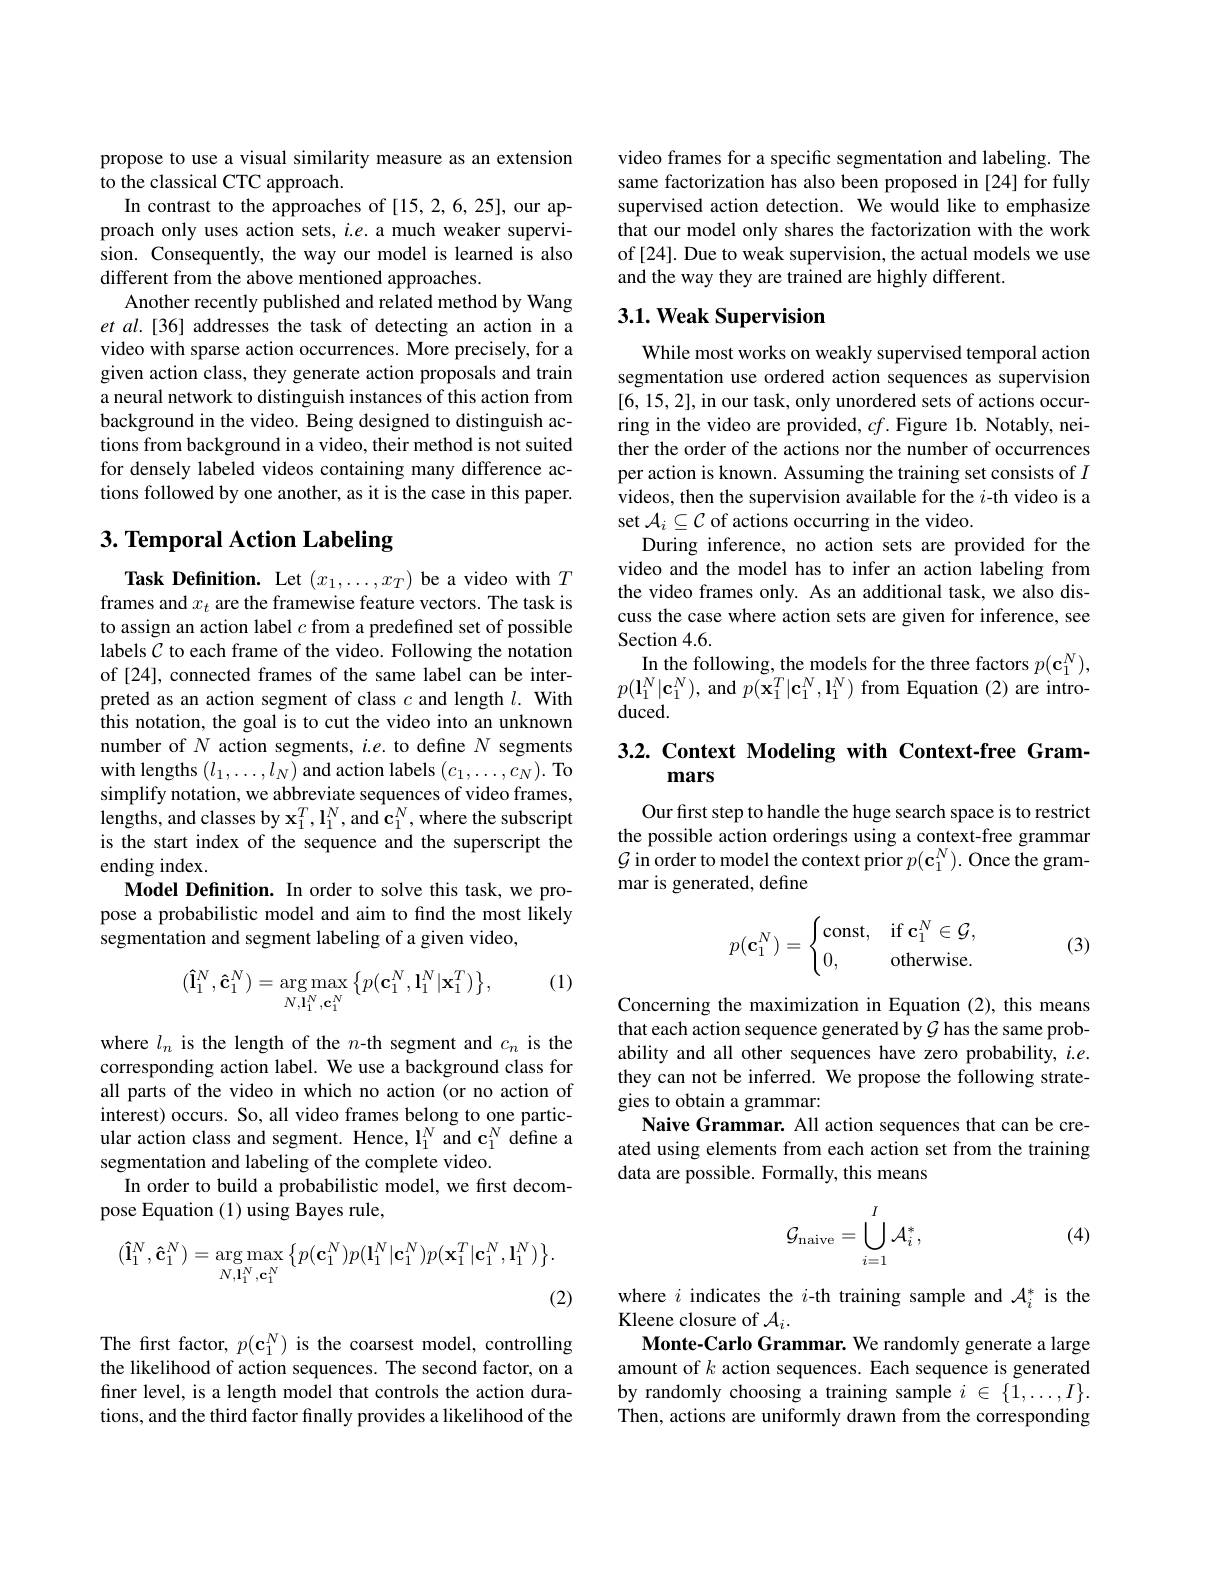
propose to use a visual similarity measure as an extension
to the classical CTC approach.
In contrast to the approaches of [15,2,6,25], our approach only uses action sets, $i.e.$ a much weaker supervision. Consequently, the way our model is learned is also different from the above mentioned approaches.
Another recently published and related method by Wang et al.[36] addresses the task of detecting an action in a video with sparse action occurrences. More precisely, for a given action class, they generate action proposals and train a neural network to distinguish instances of this action from background in the video. Being designed to distinguish actions from background in a video, their method is not suited for densely labeled videos containing many difference actions followed by one another, as it is the case in this paper.

# 3. Temporal Action Labeling

Task Definition. Let $(x_1,\ldots,x_T)$ be a video with $T$ frames and $x_t$ are the framewise feature vectors. The task is to assign an action label $c$ from a predefined set of possible labels $\mathcal{C}$ to each frame of the video. Following the notation of [24], connected frames of the same label can be interpreted as an action segment of class $c$ and length $l.$ With this notation, the goal is to cut the video into an unknown number of $N$ action segments, $i.e.$ to define $N$ segments with lengths $(l_1,\ldots,l_N)$ and action labels $(c_1,\ldots,c_N).$ To simplify notation, we abbreviate sequences of video frames, lengths, and classes by $\mathbf{x}_1^T,\mathbf{l}_1^N$, and $\mathbf{c}_1^N$, where the subscript is the start index of the sequence and the superscript the ending index
Model Definition. In order to solve this task, we propose a probabilistic model and aim to find the most likely segmentation and segment labeling of a given video,

(1)
$$(\mathbf{\hat{l}}_{1}^{N},\mathbf{\hat{c}}_{1}^{N})=\arg\max_{{N,\mathbf{l}_{1}^{N},\mathbf{c}_{1}^{N}}}\big\{p(\mathbf{c}_{1}^{N},\mathbf{l}_{1}^{N}|\mathbf{x}_{1}^{T})\big\},$$
where $l_n$ is the length of the $n$-th segment and $c_n$ is the corresponding action label. We use a background class for all parts of the video in which no action (or no action of interest) occurs. So, all video frames belong to one particular action class and segment. Hence, l$_1^N$ and $\mathbf{c}_1^N$ define a segmentation and labeling of the complete video.
In order to build a probabilistic model, we first decom-
pose Equation (1) using Bayes rule,
$$(\mathbf{\hat{l}}_1^N,\mathbf{\hat{c}}_1^N)=\arg\max_{N,\mathbf{l}_1^N,\mathbf{c}_1^N}\big\{p(\mathbf{c}_1^N)p(\mathbf{l}_1^N|\mathbf{c}_1^N)p(\mathbf{x}_1^T|\mathbf{c}_1^N,\mathbf{l}_1^N)\big\}.$$
(2)

The first factor, $p(\mathbf{c}_1^N)$ is the coarsest model, controlling the likelihood of action sequences. The second factor, on a finer level, is a length model that controls the action durations, and the third factor finally provides a likelihood of the

video frames for a specific segmentation and labeling. The same factorization has also been proposed in [24] for fully supervised action detection. We would like to emphasize that our model only shares the factorization with the work of [24]. Due to weak supervision, the actual models we use and the way they are trained are highly different.

## 3.1. Weak Supervision

While most works on weakly supervised temporal action segmentation use ordered action sequences as supervision [6,15,2], in our task, only unordered sets of actions occurring in the video are provided, $cf.$ Figure lb. Notably, neither the order of the actions nor the number of occurrences per action is known. Assuming the training set consists of $I$ videos, then the supervision available for the $i$-th video is a set $\mathcal{A}_i\subseteq\mathcal{C}$ of actions occurring in the video.
During inference, no action sets are provided for the video and the model has to infer an action labeling from the video frames only. As an additional task, we also discuss the case where action sets are given for inference, see Section 4.6.
In the following, the models for the three factors $p(\mathbf{c}_1^N)$, $p(\mathbf{l}_{1}^{N}|\mathbf{c}_{1}^{N})$, and $p(\tilde{\mathbf{x}}_{1}^{T}|\mathbf{c}_{1}^{N},\mathbf{l}_{1}^{N})$ from Equation (2) are intro- $duced.$

## 3.2. Context Modeling with Context-free Grammars

Our first step to handle the huge search space is to restrict the possible action orderings using a context-free grammar $\mathcal{G}$ in order to model the context prior $p(\mathbf{c}_1^N).$ Once the grammar is generated, define
$$p(\mathbf{c}_1^N)=\begin{cases}\mathrm{const},&\mathrm{if}\:\mathbf{c}_1^N\in\mathcal{G},\\0,&\mathrm{otherwise}.\end{cases}$$
(3)

Concerning the maximization in Equation (2), this means that each action sequence generated by $\mathcal{G}$ has the same probability and all other sequences have zero probability, $i.e.$ they can not be inferred. We propose the following strategies to obtain a grammar:
Naive Grammar. All action sequences that can be created using elements from each action set from the training data are possible. Formally, this means

(4)
$$\mathcal{G}_{\mathrm{naive}}=\bigcup\limits_{i=1}^I\mathcal{A}_i^*,$$
where $i$ indicates the $i$-th training sample and $\mathcal{A}_i^*$ is the
Kleene closure of $\mathcal{A}_i.$
Monte-Carlo Grammar. We randomly generate a large amount of $k$ action sequences. Each sequence is generated by randomly choosing a training sample $i\in\{1,\ldots,I\}.$ Then, actions are uniformly drawn from the corresponding